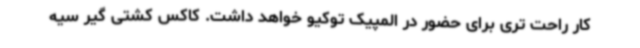
کار راحت تری برای حضور در المپیک توکیو خواهد داشت. کاکس کشتی گیر سیه